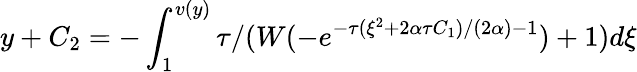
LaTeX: y+C_{2}=-\int_{1}^{v(y)}\tau/(W(-e^{-\tau(\xi^{2}+2\alpha\tau C_{1})/(2\alpha)-1})+1)d\xi